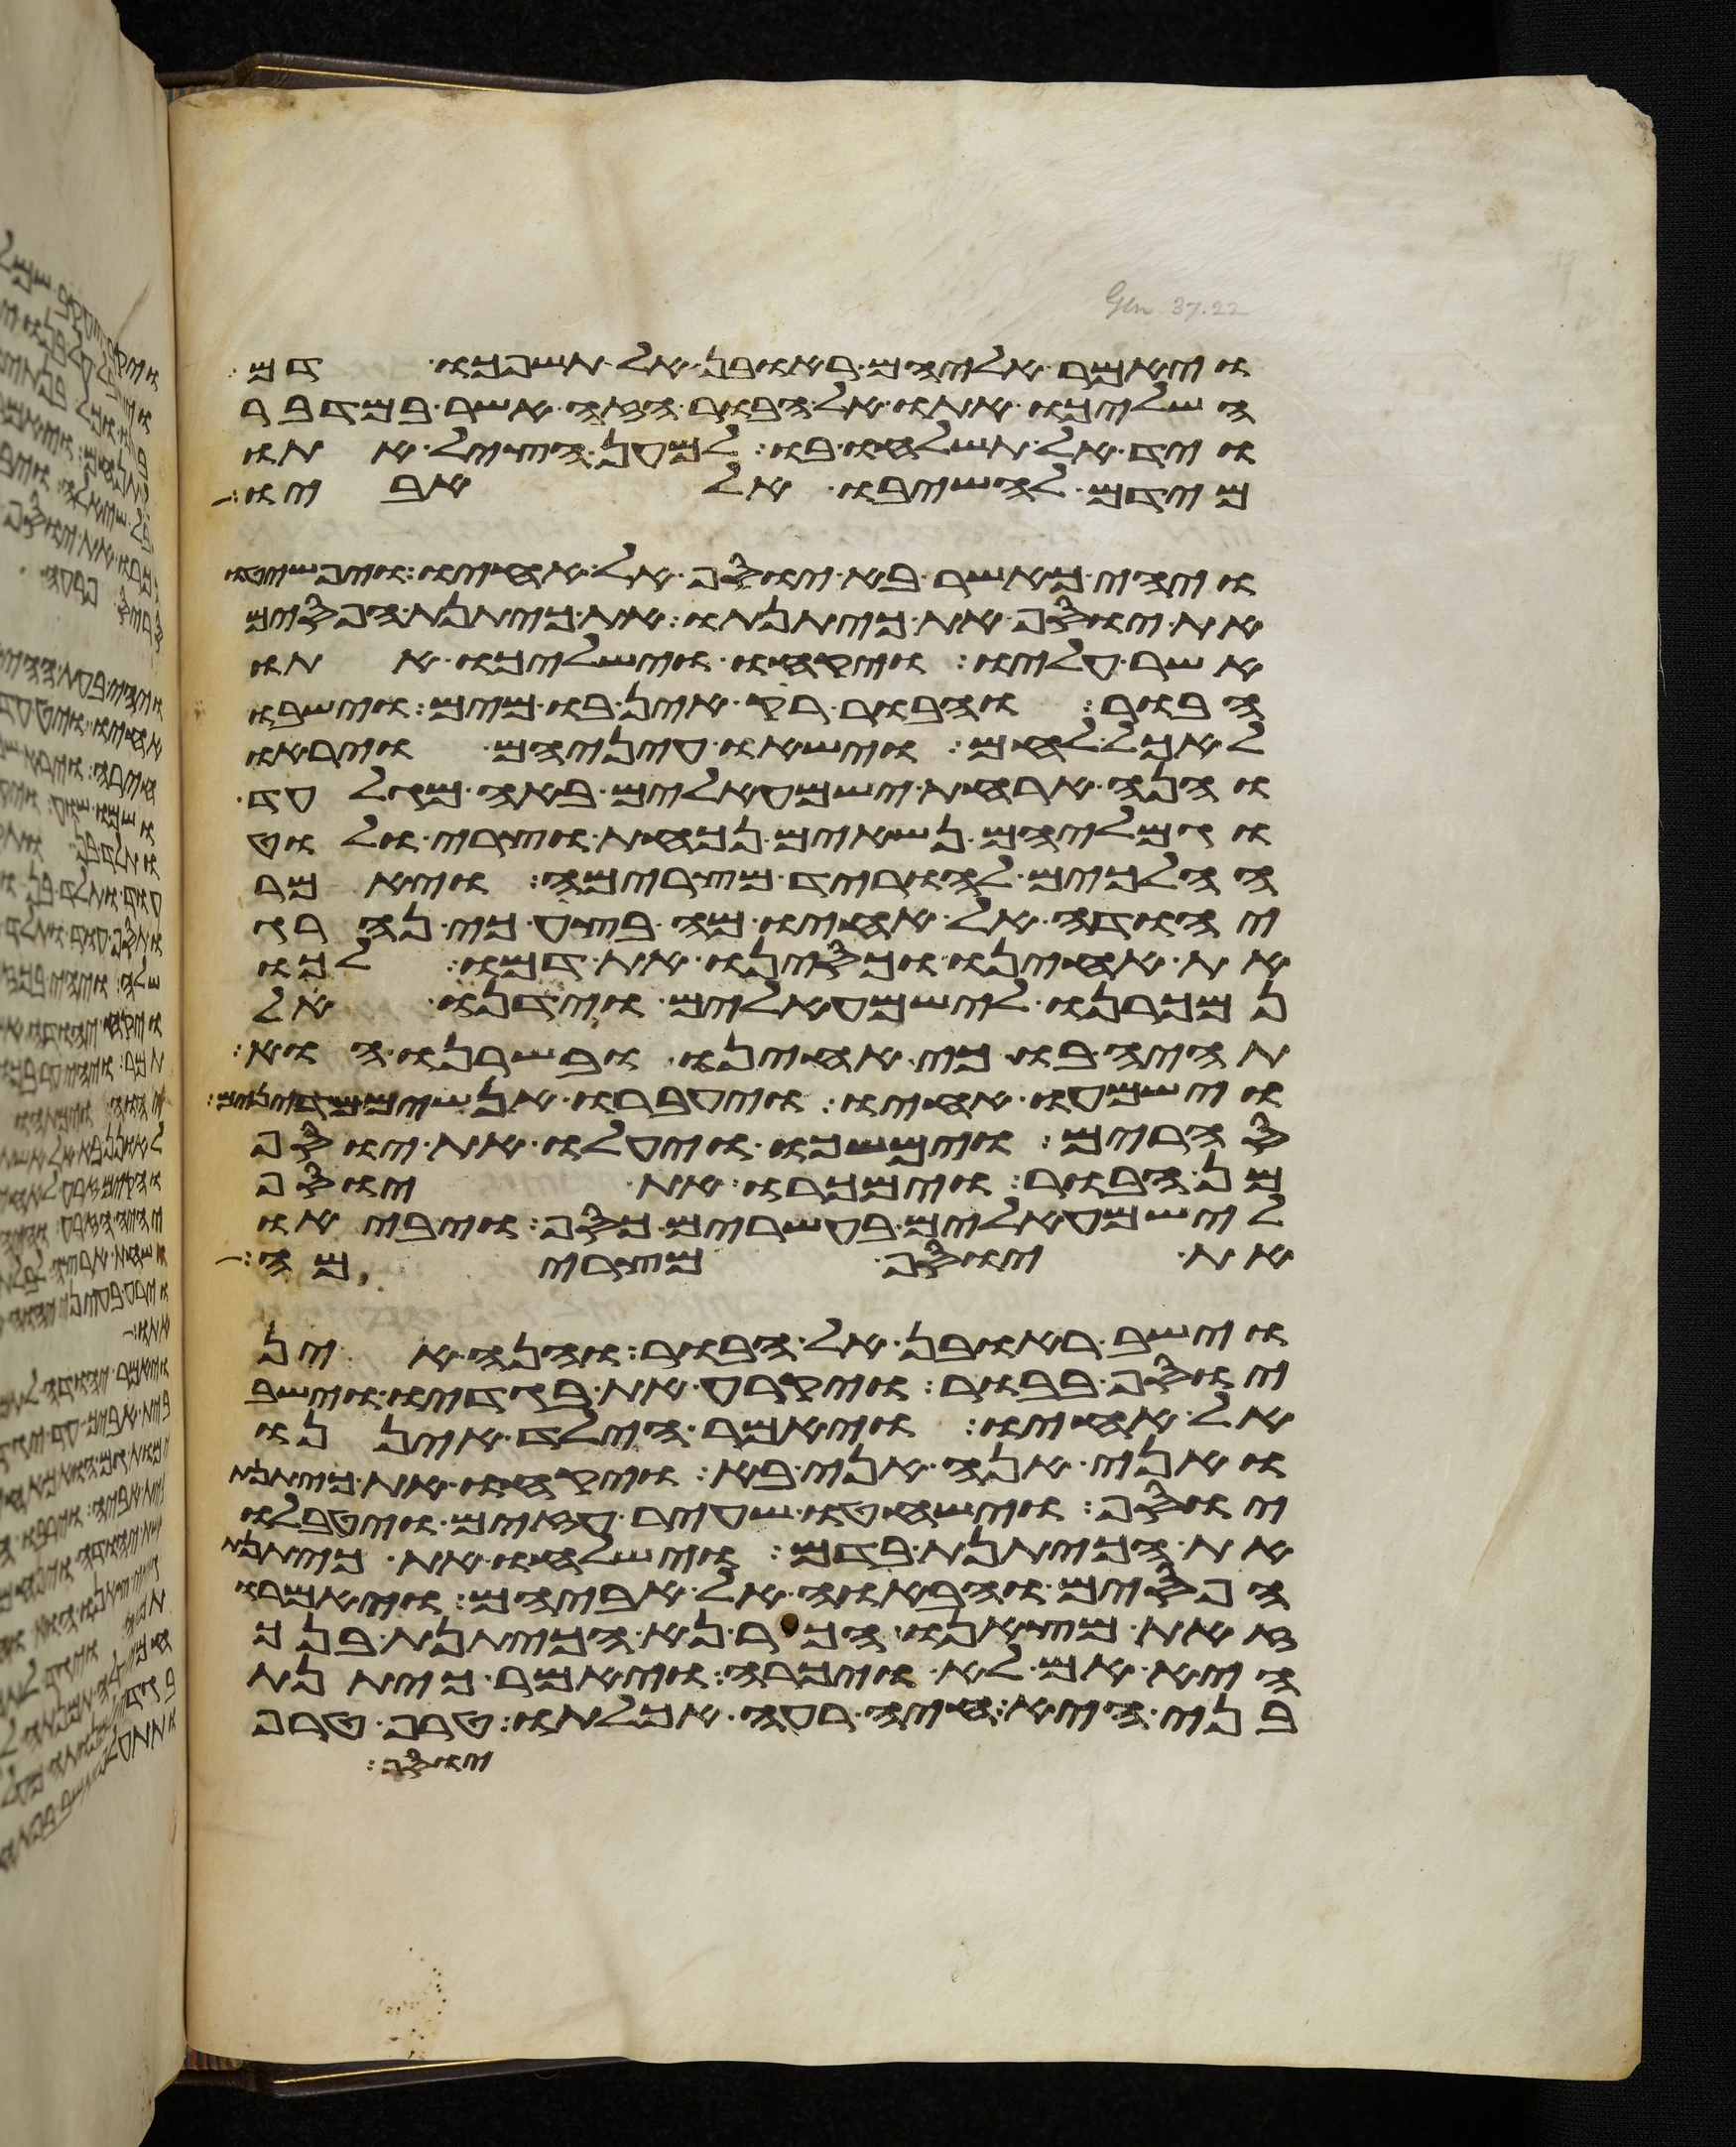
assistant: ויאמר אליהם ראובן אל תשפכו דם
השליכו אתו אל הבור הזה אשר במדבר
ויד אל תשלחו בו למען הציל אתו
מידם להשיבו אל אביו
ויהי כאשר בא יוסף אל אחיו ויפשטו
את יוסף את כיתנתו את כיתנת הפסים
אשר עליו ויקחו וישלכו אתו
הבור והבור ריק אין בו מים וישבו
לאכל לחם וישאו עיניהם ויראו
והנה ארחת ישמעאלים באה מגלעד
וגמליהם נשאים נכאת וצרי ולוט
הלכים להוריד מצרימה ויאמר
יהודה אל אחיו מה בצע כי נהרג
את אחינו וכסינו את דמו לכו
נמכרנו לישמעאלים וידנו אל
תהיה בו כי אחינו ובשרנו הוא
וישמעו אחיו ויעברו אנשים מדינים
סחרים וימשכו ויעלו את יוסף
מן הבור וימכרו את יוסף
לישמעאלים בעשרים כסף ויביאו
את יוסף מצרימה
וישב ראובן אל הבור והנה אין
יוסף בבור ויקרע את בגדיו וישב
אל אחיו ויאמר הילד איננו
ואני הנה אני בא ויקחו את כיתנת
יוסף וישחטו שעיר עזים ויטבלו
את הכיתנת בדם וישלחו את כיתנת
הפסים ויביאו אל אביהם ויאמרו
זאת מצאנו הכר נא הכיתנת בנך
היא אם לא ויכרה ויאמר כיתנת
בני היא חיה רעה אכלתו טרף טרף
יוסף